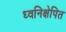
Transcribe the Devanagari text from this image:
ध्वनिक्षेपित